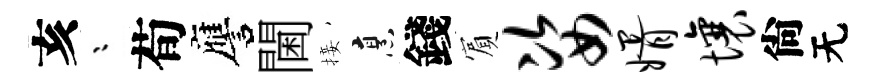
亥漸荀譍閫接烹錢賔姿婿壤尙无